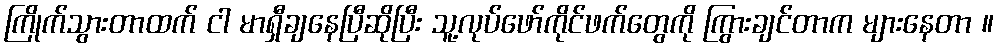
ကြိုက်သွားတာထက် ငါ မာရှီချနေပြီဆိုပြီး သူ့လုပ်ဖော်ကိုင်ဖက်တွေကို ကြွားချင်တာက များနေတာ ။